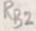
Text: RB2